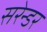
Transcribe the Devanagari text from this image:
सरेन्डर